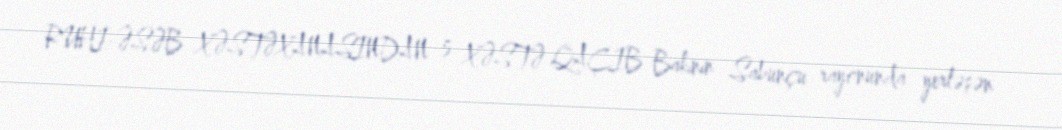
RUHİ-ƏSƏB XƏSTƏXANASINDAN 5 XƏSTƏ QAÇIB Bakının Sabunçu rayonunda yerləşən